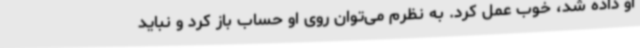
او داده شد، خوب عمل کرد. به نظرم می‌توان روی او حساب باز کرد و نباید